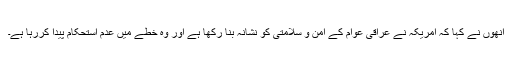
انھوں نے کہا کہ امریکہ نے عراقی عوام کے امن و سلامتی کو نشانہ بنا رکھا ہے اور وہ خطے میں عدم استحکام پیدا کررہا ہے۔